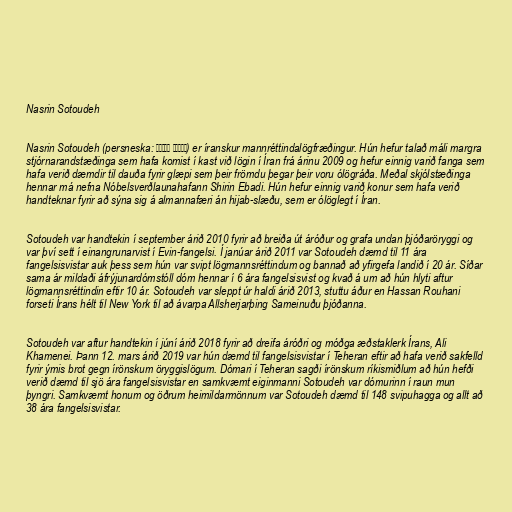
Nasrin Sotoudeh

Nasrin Sotoudeh (persneska: نسرین ستوده‎) er íranskur mannréttindalögfræðingur. Hún hefur talað máli margra
stjórnarandstæðinga sem hafa komist í kast við lögin í Íran frá árinu 2009 og hefur einnig varið fanga sem
hafa verið dæmdir til dauða fyrir glæpi sem þeir frömdu þegar þeir voru ólögráða. Meðal skjólstæðinga
hennar má nefna Nóbelsverðlaunahafann Shirin Ebadi. Hún hefur einnig varið konur sem hafa verið
handteknar fyrir að sýna sig á almannafæri án hijab-slæðu, sem er ólöglegt í Íran.

Sotoudeh var handtekin í september árið 2010 fyrir að breiða út áróður og grafa undan þjóðaröryggi og
var því sett í einangrunarvist í Evin-fangelsi. Í janúar árið 2011 var Sotoudeh dæmd til 11 ára
fangelsisvistar auk þess sem hún var svipt lögmannsréttindum og bannað að yfirgefa landið í 20 ár. Síðar
sama ár mildaði áfrýjunardómstóll dóm hennar í 6 ára fangelsisvist og kvað á um að hún hlyti aftur
lögmannsréttindin eftir 10 ár. Sotoudeh var sleppt úr haldi árið 2013, stuttu áður en Hassan Rouhani
forseti Írans hélt til New York til að ávarpa Allsherjarþing Sameinuðu þjóðanna.

Sotoudeh var aftur handtekin í júní árið 2018 fyrir að dreifa áróðri og móðga æðstaklerk Írans, Ali
Khamenei. Þann 12. mars árið 2019 var hún dæmd til fangelsisvistar í Teheran eftir að hafa verið sakfelld
fyrir ýmis brot gegn írönskum öryggislögum. Dómari í Teheran sagði írönskum ríkismiðlum að hún hefði
verið dæmd til sjö ára fangelsisvistar en samkvæmt eiginmanni Sotoudeh var dómurinn í raun mun
þyngri. Samkvæmt honum og öðrum heimildarmönnum var Sotoudeh dæmd til 148 svipuhagga og allt að
38 ára fangelsisvistar.